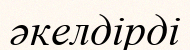
әкелдірді